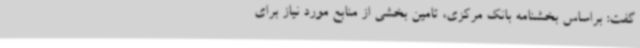
گفت: براساس بخشنامه بانک مرکزی، تامین بخشی از منابع مورد نیاز برای